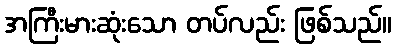
အကြီးမားဆုံးသော တပ်လည်း ဖြစ်သည်။